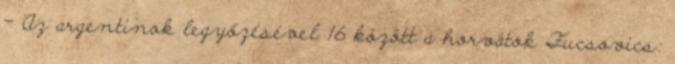
– Az argentinok legyőzésével 16 között a horvátok Fucsovics: